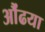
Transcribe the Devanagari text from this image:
औंढया